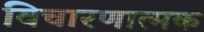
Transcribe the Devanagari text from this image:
विचारणात्मक